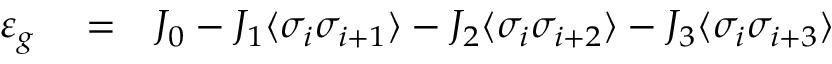
\begin{array} { r l r } { \varepsilon _ { g } } & { { } = } & { J _ { 0 } - J _ { 1 } \langle \sigma _ { i } \sigma _ { i + 1 } \rangle - J _ { 2 } \langle \sigma _ { i } \sigma _ { i + 2 } \rangle - J _ { 3 } \langle \sigma _ { i } \sigma _ { i + 3 } \rangle } \end{array}